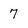
Character: 7